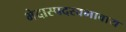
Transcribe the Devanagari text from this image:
भेदास्पदस्वभावाय